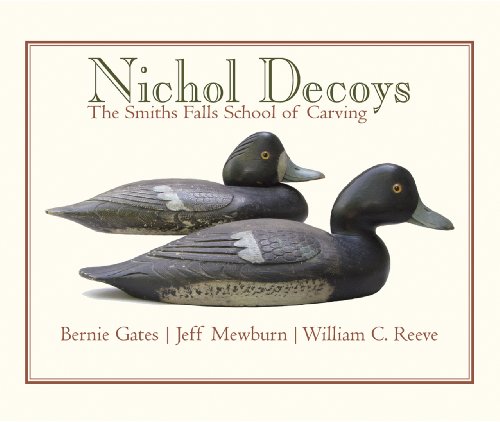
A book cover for Nichol Decoys: The Smiths Falls School of Carving (Quarry Heritage Books); Bernie Gates; Humor & Entertainment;